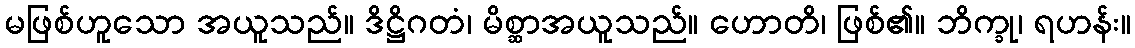
မဖြစ်ဟူသော အယူသည်။ ဒိဋ္ဌိဂတံ၊ မိစ္ဆာအယူသည်။ ဟောတိ၊ ဖြစ်၏။ ဘိက္ခု၊ ရဟန်း။